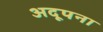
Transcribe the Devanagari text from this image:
अदूपना